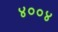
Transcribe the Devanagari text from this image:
४००४